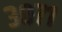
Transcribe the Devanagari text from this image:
३०७१